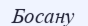
Босану